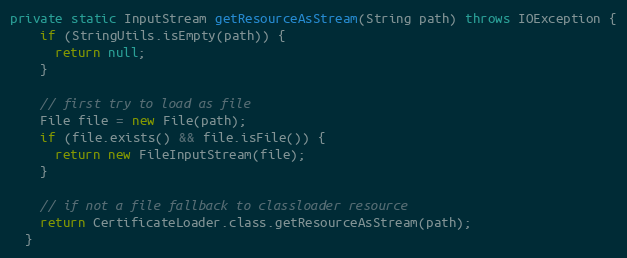
Language: Java
private static InputStream getResourceAsStream(String path) throws IOException {
    if (StringUtils.isEmpty(path)) {
      return null;
    }

    // first try to load as file
    File file = new File(path);
    if (file.exists() && file.isFile()) {
      return new FileInputStream(file);
    }

    // if not a file fallback to classloader resource
    return CertificateLoader.class.getResourceAsStream(path);
  }